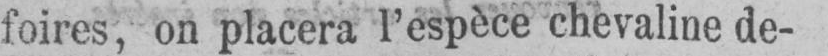
foires, on placera l’espèce chevaline de-